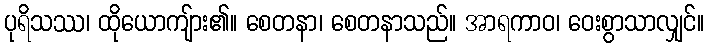
ပုရိသဿ၊ ထိုယောကျ်ား၏။ စေတနာ၊ စေတနာသည်။ အာရကာဝ၊ ဝေးစွာသာလျှင်။